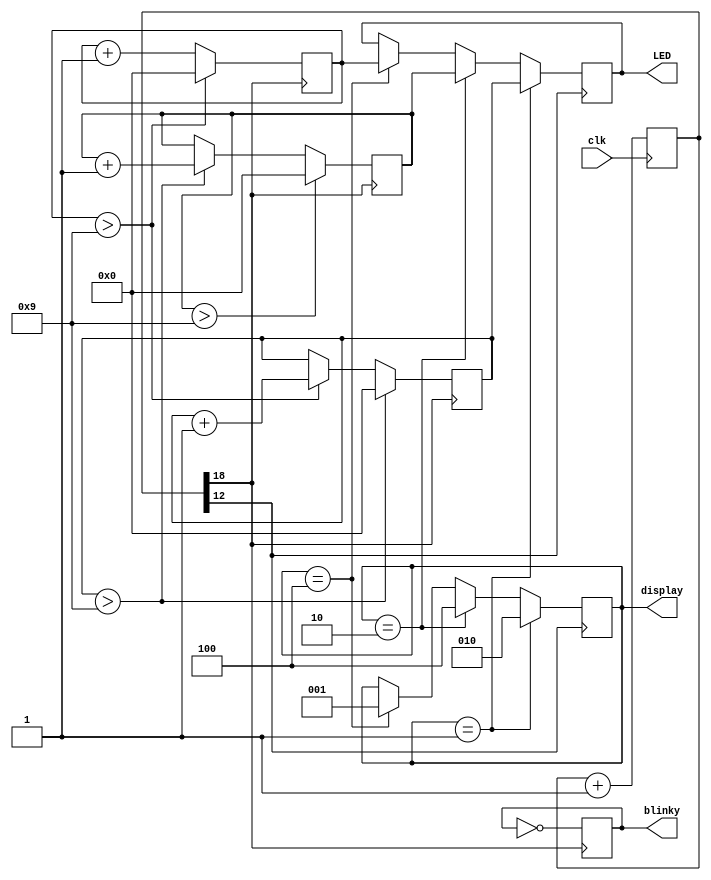
module HelloWorld(
input clk,		//declaracao das entradas e saidas
output[3:0] LED, //saida pro 4511
output [2:0] display, //saida pros transistores
output blinky //saida pra um led piscante
);

reg [19:0] cnt; //registrador do divisor de clock
reg [3:0] unidades; //meio auto explicativo
reg [3:0] dezenas;
reg [3:0] centenas;
reg [3:0] out = 0;  //registrador da saida
reg [2:0] select = 'b001;
reg blink;

always @(posedge clk) begin
	cnt <= cnt + 19'd1; //realiza a divisao do clock atraves de um contador
end

always @(posedge cnt[12]) begin //vai ciclando os displays. mostra um numero em cada um de cada vez
	if(select == 'b001) begin
		out <= dezenas;
		select <= 'b010;
	end else if (select == 'b010) begin
		out <= centenas;
		select <= 'b100;
	end
	else if (select == 'b100) begin
		out <= unidades;
		select <= 'b001;
	end
end

always @(posedge cnt[18]) begin //faz a logica de incrementar
	if(unidades > 'd9) begin
		unidades <= 0;
		dezenas <= dezenas + 4'd1;
	end else begin
		unidades <= unidades + 4'd1; 
	end
	
	if(dezenas > 'd9) begin
		dezenas <= 0;
		centenas <= centenas + 'd1;
	end
	
	if(centenas > 'd9) begin
		centenas <= 0;
	end
	blink <= ~blink; //blinkaaaaaaaa
end

//liga os registradores as saidas
assign LED = out;
assign display = select;
assign blinky = blink;
endmodule